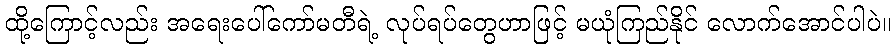
ထို့ကြောင့်လည်း အရေးပေါ်ကော်မတီရဲ့ လုပ်ရပ်တွေဟာဖြင့် မယုံကြည်နိုင် လောက်အောင်ပါပဲ။